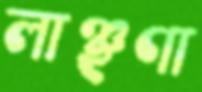
লাঞ্ছণা